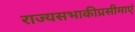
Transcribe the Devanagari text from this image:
राज्यसभाकीप्रसीमाएं